Annual report of the Central Committee of the Association together with the report of the directors of the Pasteur Institute at Kasauli
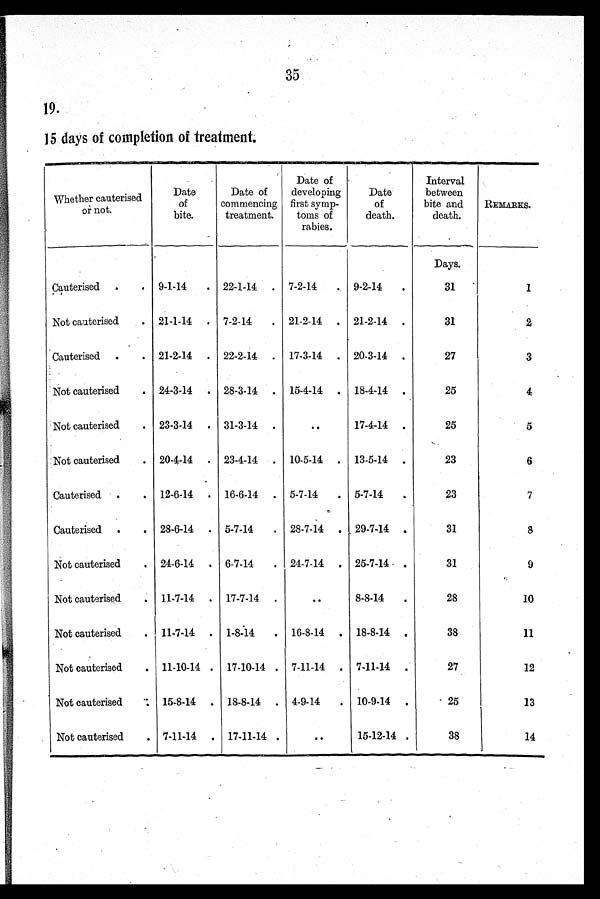
35
19.
15 days of completion of treatment.
Whether cauterised
o r n o t .
Date
of
bite.
Date of
commencing
treatment.
Date of
developing
first symp-
toms of
rabies.
Date
of
death.
Interval
between
bite and
death.
REMARKS.
Days.
Cauterised
9-1-14
22-1-14
7-2-14
9-2-14
31
1
Not cauterised
21-1-14
7-2-14
21-2-14
21-2-14
31
2
Cauterised
21-2-14
22-2-14
17-3-14
20-3-14
27
3
Not cauterised
24-3-14
28-3-14
15-4-14
18-4-14
25
4
Not cauterised
23-3-14
31-3-14
. .
17-4-14
25
5
Not cauterised
20-4-14
23-4-14
10-5-14
13-5-14
23
6
Cauterised
12-6-14
16-6-14
5-7-14
5-7-14
23
7
Cauterised
28-6-14
5-7-14
28-7-14
29-7-14
31
8
Not cauterised
24-6-14
6-7-14
24-7-14
25-7-14
31
9
Not cauterised
11-7-14
17-7-14
. .
8-8-14
28
10
Not cauterised
11-7-14
1-8-14
16-8-14
18-8-14
38
11
Not cauterised
11-10-14
17-10-14
7-11-14
7-11-14
27
12
Not cauterised
15-8-14
18-8-14
4-9-14
10-9-14
25
13
Not cauterised
7-11-14
17-11-14
. .
15-12-14
38
14